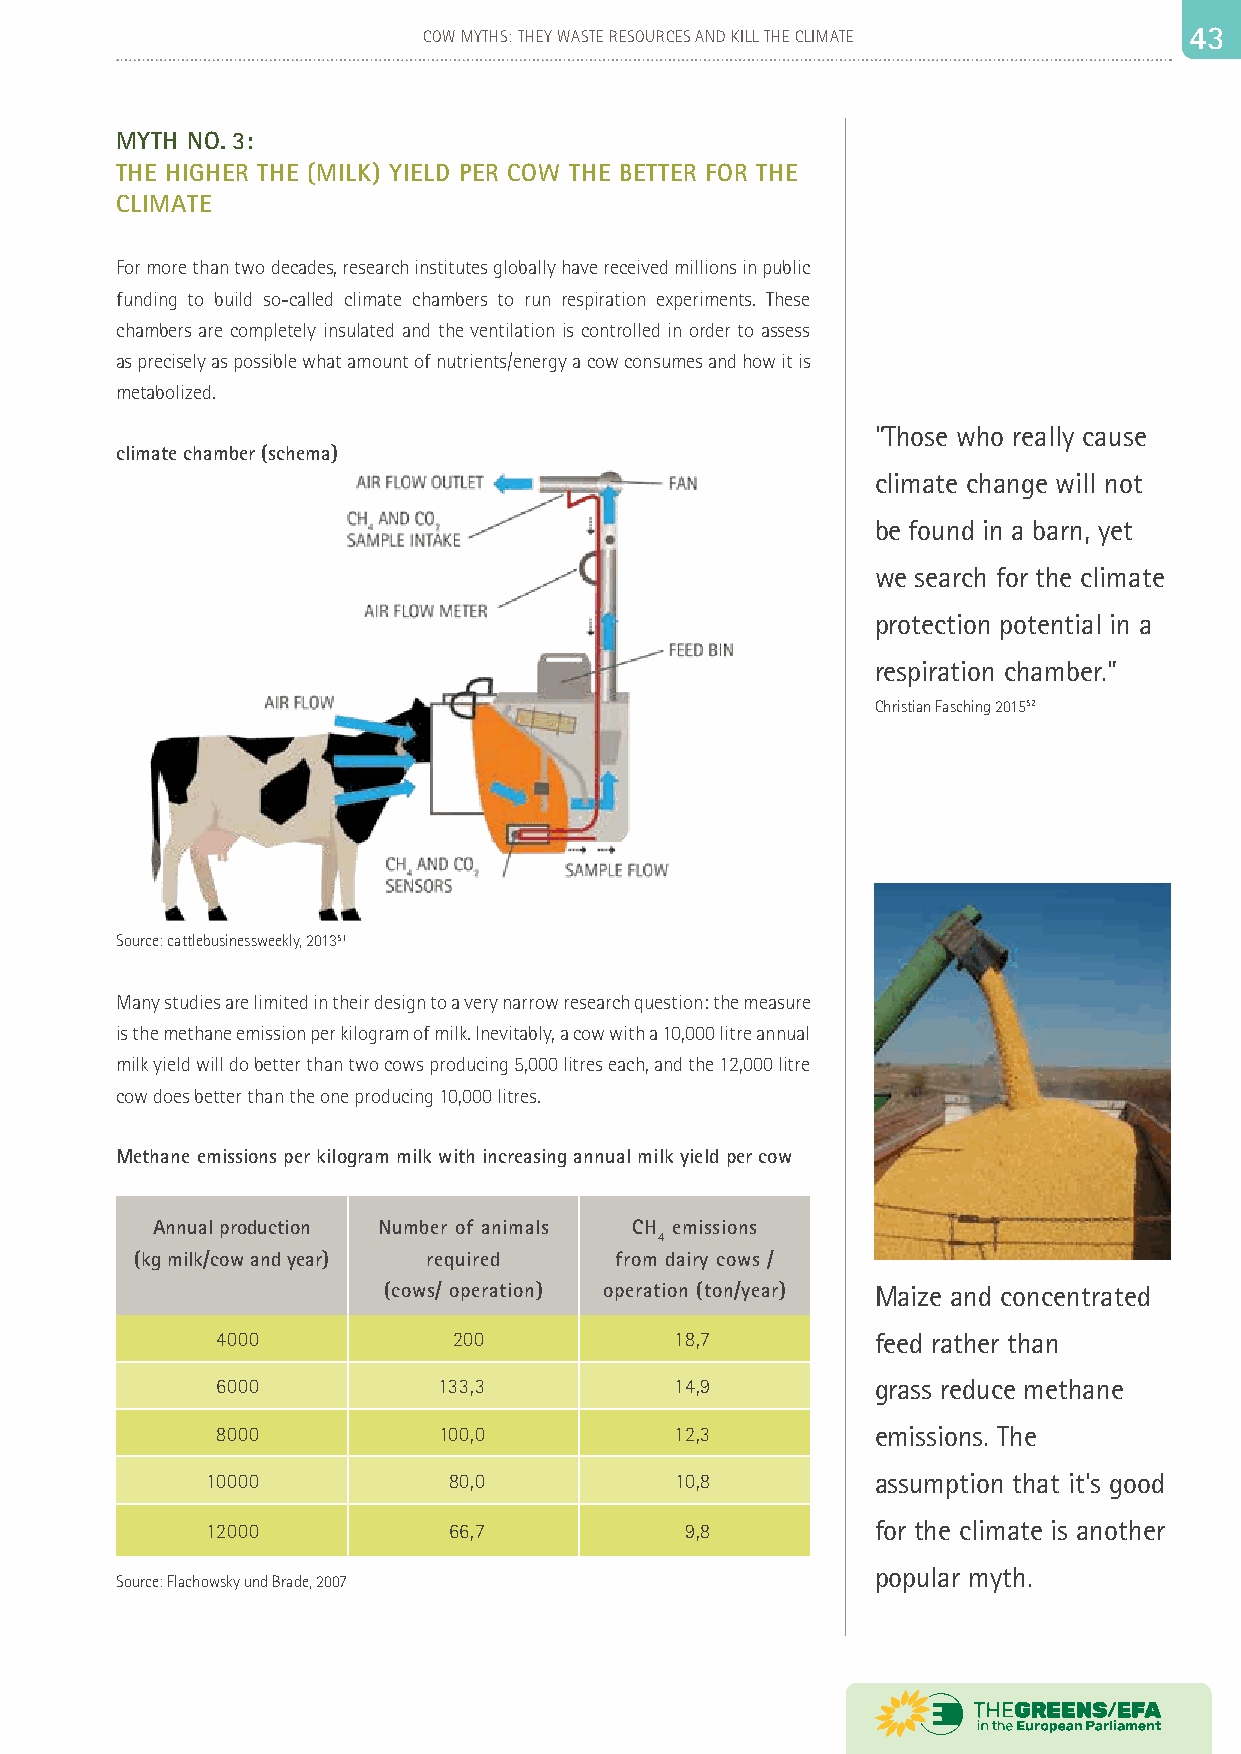
42                          COW MYTHS: THEY WASTE RESOURCES AND KILL THE CLIMATE 44 33
 MYTH NO. 3:
 THE HIGHER THE (MILK) YIELD PER COW THE BETTER FOR THE
 CLIMATE
 For more than two decades, research institutes globally have received millions in public
 funding to build so-called climate chambers to run respiration experiments. These
 chambers are completely insulated and the ventilation is controlled in order to assess
 as precisely as possible what amount of nutrients/energy a cow consumes and how it is
 metabolized.
 “Those who really cause
 climate chamber (schema)
 climate change will not
 be found in a barn, yet
 we search for the climate
 protection potential in a
 respiration chamber.”
 Christian Fasching 201552
 Source: cattlebusinessweekly, 201351
 Many studies are limited in their design to a very narrow research question: the measure
 is the methane emission per kilogram of milk. Inevitably, a cow with a 10,000 litre annual
 milk yield will do better than two cows producing 5,000 litres each, and the 12,000 litre
 cow does better than the one producing 10,000 litres.
 Methane emissions per kilogram milk with increasing annual milk yield per cow
 Annual production Number of animals CH emissions
 4
 (kg milk/cow and year) required from dairy cows /
 (cows/ operation) operation (ton/year) Maize and concentrated
 4000            200            18,7         feed rather than
 6000           133,3           14,9         grass reduce methane
 8000           100,0           12,3         emissions. The
 10000           80,0           10,8         assumption that it’s good
 12000           66,7           9,8          for the climate is another
 popular myth.
 Source: Flachowsky und Brade, 2007